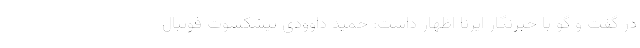
در گفت و گو با خبرنگار ایرنا اظهار داشت: حمید داوودی پیشکسوت فوتبال